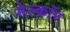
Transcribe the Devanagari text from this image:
मेल्कॉर